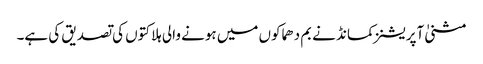
مثنیٰ آپریشنز کمانڈ نے بم دھماکوں میں ہونے والی ہلاکتوں کی تصدیق کی ہے۔